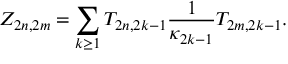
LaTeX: Z _ { 2 n , 2 m } = \sum _ { k \geq 1 } T _ { 2 n , 2 k - 1 } \frac { 1 } { \kappa _ { 2 k - 1 } } T _ { 2 m , 2 k - 1 } .